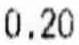
0.20